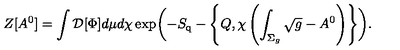
Z [ A ^ { 0 } ] = \int { \cal D } [ \Phi ] d \mu d \chi \exp \biggl ( - S _ { \mathrm { q } } - \left\{ Q , \chi \left( \int _ { \Sigma _ { g } } \sqrt { g } - A ^ { 0 } \right) \right\} \biggr ) .